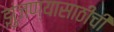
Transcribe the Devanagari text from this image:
झुंजण्यासाठीची